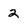
Character: 2